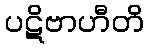
ပဋိဗာဟီတိ